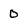
Character: 0